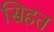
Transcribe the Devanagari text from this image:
सिहत